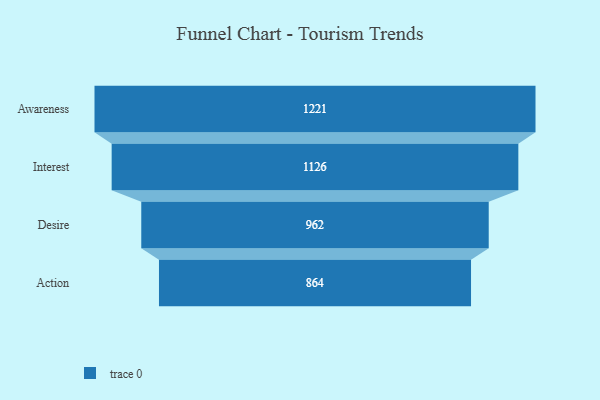
{"axis": {"x": "Stage", "y": "Value"}, "legend": [""], "data": [{"x": "Awareness", "y": 1221.0, "type": ""}, {"x": "Interest", "y": 1126.0, "type": ""}, {"x": "Desire", "y": 962.0, "type": ""}, {"x": "Action", "y": 864.0, "type": ""}]}